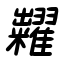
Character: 糶